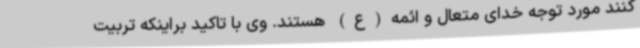
کنند مورد توجه خدای متعال و ائمه(ع) هستند. وی با تاکید براینکه تربیت